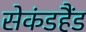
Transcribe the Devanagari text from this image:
सेकंडहैंड